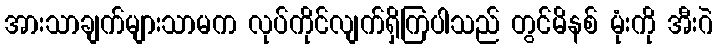
အားသာချက်များသာမက လုပ်ကိုင်လျက်ရှိကြပါသည် တွင်မိနစ် မုံးကို အီးဂဲ